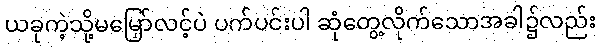
ယခုကဲ့သို့မမြှော်လင့်ပဲ ပက်ပင်းပါ ဆုံတွေ့လိုက်သောအခါ၌လည်း